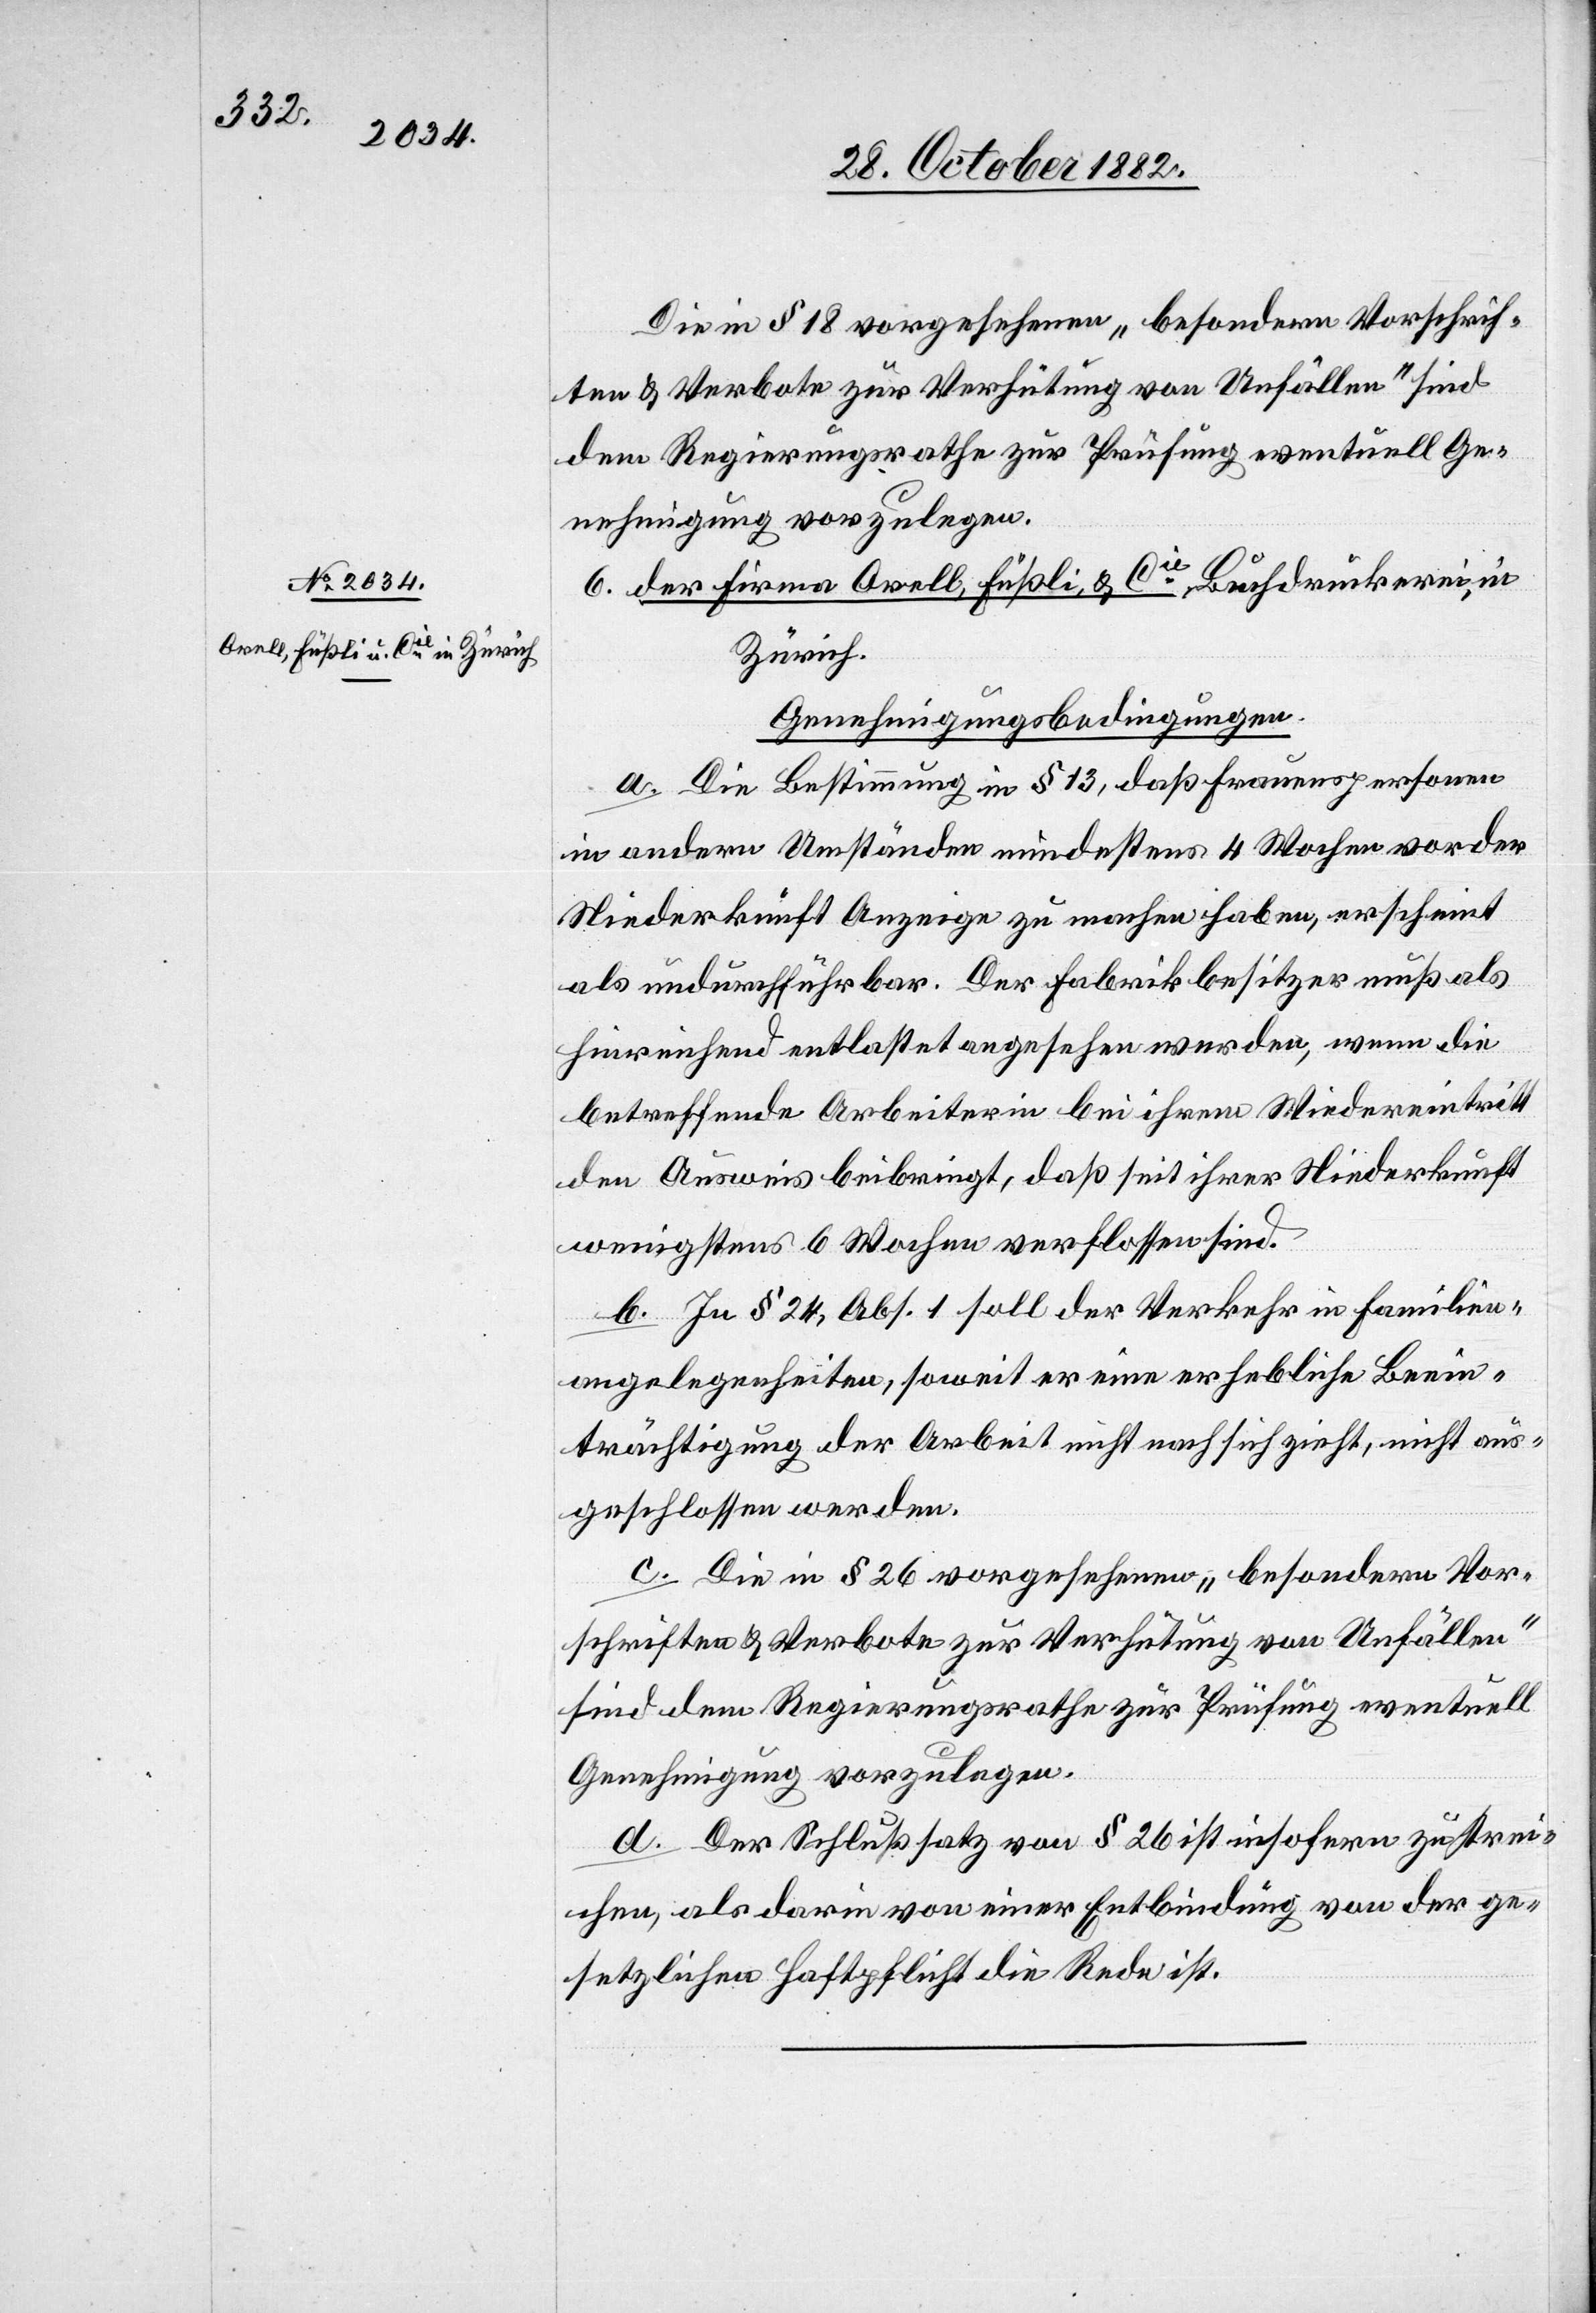
Die in § 18 vorgesehenen „besondern Vorschrif¬
ten & Verbote zur Verhütung von Unfällen“ sind
dem Regierungsrathe zur Prüfung eventuell Ge¬
nehmigung vorzulegen.
6. der Firma Orell, Füßli, & Cie, Buchdruckerei, in
Zürich.
Genehmigungsbedingungen.
a. Die Bestimmung in § 13, daß Frauenspersonen
in andern Umständen mindestens 4 Wochen vor der
Niederkunft Anzeige zu machen haben, erscheint
als undurchführbar. Der Fabrikbesitzer muß als
hinreichend entlastet angesehen werden, wenn die
betreffende Arbeiterin bei ihrem Wiedereintritt
den Ausweis beibringt, daß seit ihrer Niederkunft
wenigstens 6 Wochen verflossen sind.
b. In § 24, Abs. 1 soll der Verkehr in Familien¬
angelegenheiten, soweit er eine erhebliche Beein¬
trächtigung der Arbeit nicht nach sich zieht, nicht aus¬
geschlossen werden.
c. Die in § 26 vorgesehenen „besondern Vor¬
schriften & Verbote zur Verhütung von Unfällen“
sind dem Regierungsrathe zur Prüfung eventuell
Genehmigung vorzulegen.
d. Der Schlußsatz von § 26 ist insofern zu strei¬
chen, als darin von einer Entbindung von der ge¬
setzlichen Haftpflicht die Rede ist.